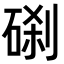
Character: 𥓑